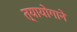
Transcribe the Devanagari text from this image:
त्यायोगाने